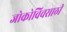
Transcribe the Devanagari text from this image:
जोकोविचसाठी